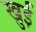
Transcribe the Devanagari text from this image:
खुई